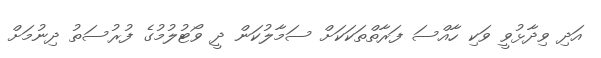
އަދި ވިދާޅުވީ ވަކި ހާއްސަ ފަރާތްތަކަކަށް ސަމާލުކަން ދީ ވޯޓުލުމުގެ ފުރުސަތު ދިނުމަށް